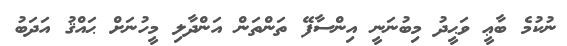
ނުކުމެ ބާޢީ ވަޙީދު މިބުނަނީ އިންސާފޭ ތަންތަން އަންދާލި މީހުނަށް ޙައްޤު އަދަބު